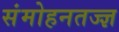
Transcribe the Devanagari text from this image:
संमोहनतज्‍ज्ञ